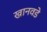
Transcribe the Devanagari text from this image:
खानवडे